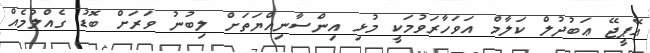
އޭޕީޖޭ ޢަބުދުލް ކަލާމް އަވަހާރަވުމަކީ މުޅި އިންސާނިއްޔަތަށް ލިބުނު ވަރަށް ބޮޑު ގެއްލުމެއް